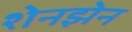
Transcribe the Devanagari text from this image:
शेनझेन